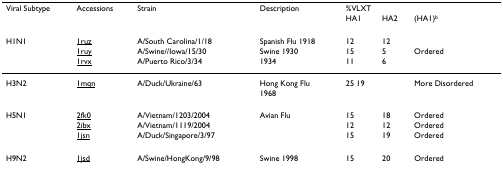
<table><thead><tr><td><b>Viral Subtype</b></td><td><b>Accessions</b></td><td><b>Strain</b></td><td><b>Description</b></td><td colspan="2"><b>%VLXT</b></td><td></td></tr><tr><td></td><td></td><td></td><td></td><td><b>HA1</b></td><td><b>HA2</b></td><td><b>(HA1)<sup>b</sup></b></td></tr></thead><tbody><tr><td>H1N1</td><td>1ruz</td><td>A/South Carolina/1/18</td><td>Spanish Flu 1918</td><td>12</td><td>12</td><td></td></tr><tr><td></td><td>1ruy</td><td>A/Swine//Iowa/15/30</td><td>Swine 1930</td><td>15</td><td>5</td><td>Ordered</td></tr><tr><td></td><td>1rvx</td><td>A/Puerto Rico/3/34</td><td>1934</td><td>11</td><td>6</td><td></td></tr><tr><td>H3N2</td><td>1mqn</td><td>A/Duck/Ukraine/63</td><td>Hong Kong Flu1968</td><td>25 19</td><td></td><td>More Disordered</td></tr><tr><td>H5N1</td><td>2fk0</td><td>A/Vietnam/1203/2004</td><td>Avian Flu</td><td>15</td><td>18</td><td>Ordered</td></tr><tr><td></td><td>2ibx</td><td>A/Vietnam/1119/2004</td><td></td><td>12</td><td>12</td><td>Ordered</td></tr><tr><td></td><td>1jsn</td><td>A/Duck/Singapore/3/97</td><td></td><td>15</td><td>19</td><td>Ordered</td></tr><tr><td>H9N2</td><td>1jsd</td><td>A/Swine/HongKong/9/98</td><td>Swine 1998</td><td>15</td><td>20</td><td>Ordered</td></tr></tbody></table>